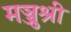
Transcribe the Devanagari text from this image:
मञ्जुश्री